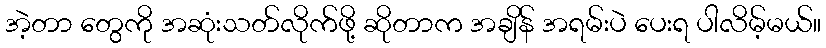
အဲ့တာ တွေကို အဆုံးသတ်လိုက်ဖို့ ဆိုတာက အချိန် အရမ်းပဲ ပေးရ ပါလိမ့်မယ်။